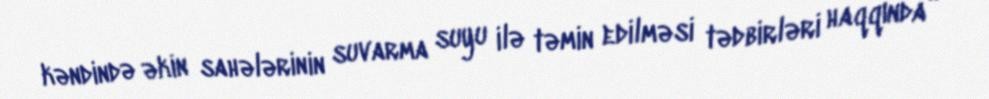
kəndində əkin sahələrinin suvarma suyu ilə təmin edilməsi tədbirləri haqqında”